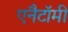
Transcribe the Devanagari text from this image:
एनैटॉमी